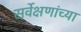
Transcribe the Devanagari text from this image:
सर्वेक्षणांच्या